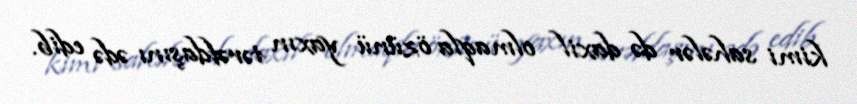
kimi sahələr də daxil olmaqla özünü yaxın tərəfdaşını ədə edib.